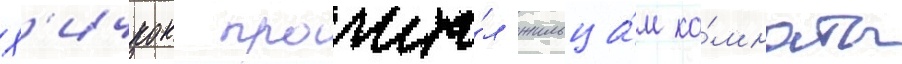
Х'ичкок прочита́л жильца́м ко́мнаты